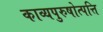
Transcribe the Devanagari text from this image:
काव्यपुरुषोत्पत्ति